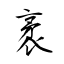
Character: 袤